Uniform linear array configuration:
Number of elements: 24
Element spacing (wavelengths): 0.25
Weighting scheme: binomial
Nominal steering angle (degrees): -15
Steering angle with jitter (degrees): -16.481
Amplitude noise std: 0.05
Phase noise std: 0.05

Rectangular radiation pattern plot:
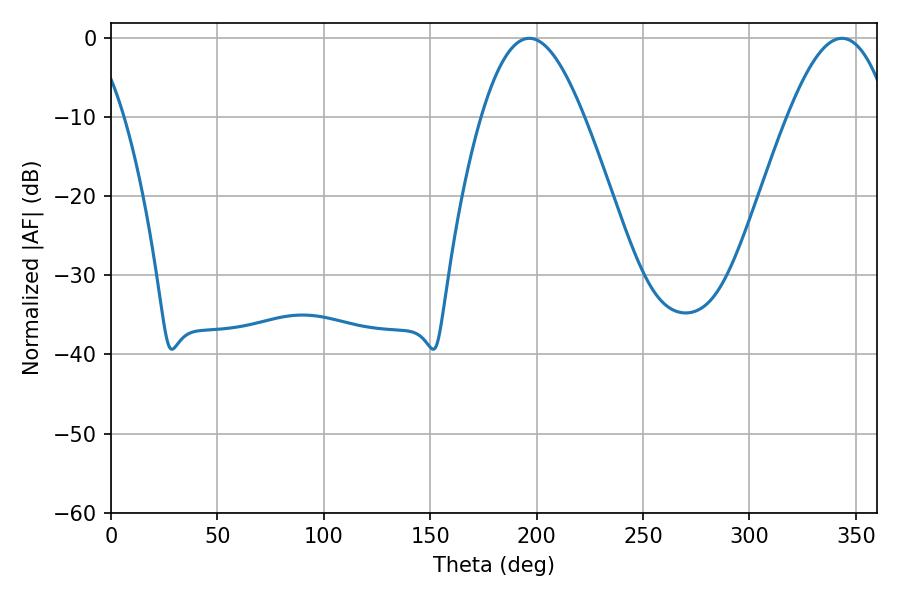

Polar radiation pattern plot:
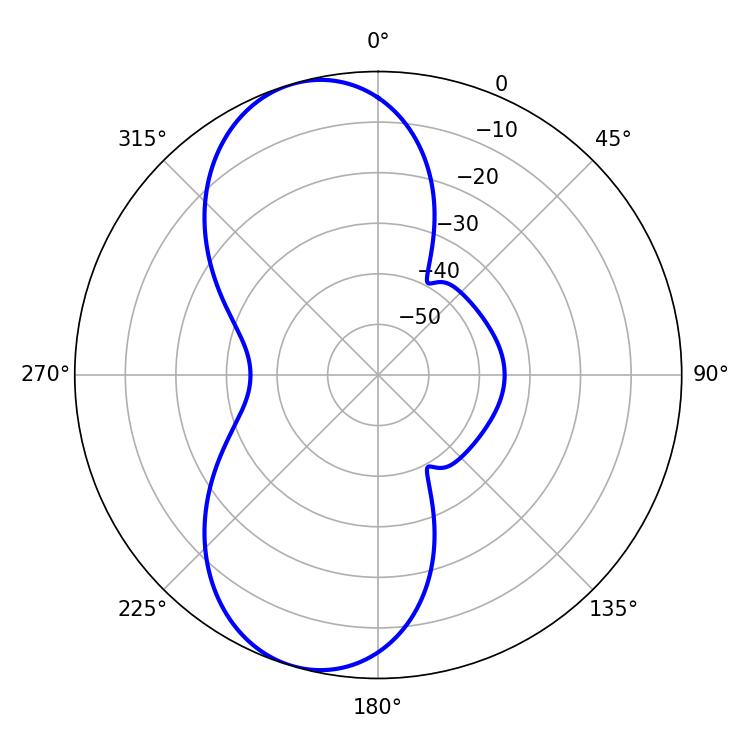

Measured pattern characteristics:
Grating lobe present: FALSE
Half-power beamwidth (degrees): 26.1
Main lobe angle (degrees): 196.56